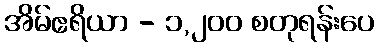
အိမ်ဧရိယာ - ၁,၂၀၀ စတုရန်းပေ